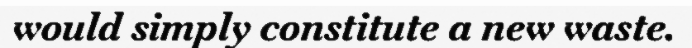
would simply constitute a new waste.